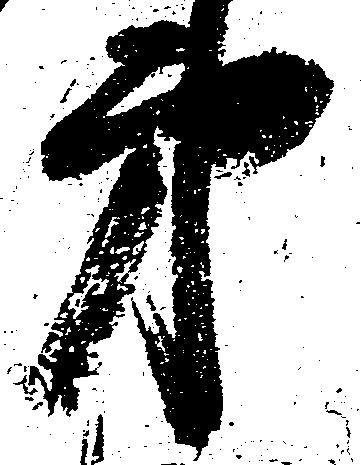
第